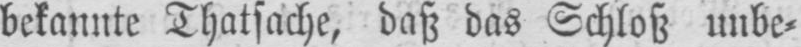
bekannte Thatsache, daß das Schloß unbe⸗